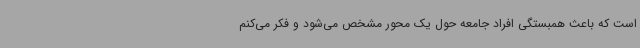
است که باعث همبستگی افراد جامعه حول یک محور مشخص می‌شود و فکر می‌کنم